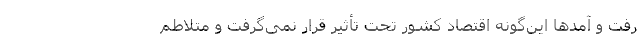
رفت و آمدها این‌گونه اقتصاد کشور تحت تأثیر قرار نمی‌گرفت و متلاطم